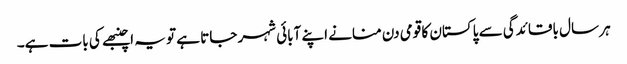
ہر سال باقائدگی سے پاکستان کا قومی دن منانے اپنے آبائی شہر جاتا ہے تو یہ اچنبھے کی بات ہے۔